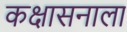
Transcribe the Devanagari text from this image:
कक्षासनाला